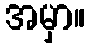
အမှာ။